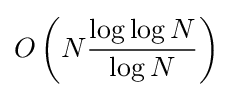
O\left(N{\frac {\log \log N}{\log N}}\right)